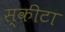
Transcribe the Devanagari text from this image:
स्कीटा